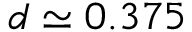
d \simeq 0 . 3 7 5